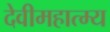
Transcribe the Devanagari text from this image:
देवीमहात्म्य